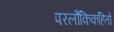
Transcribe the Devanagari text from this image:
परलौकिकहितों